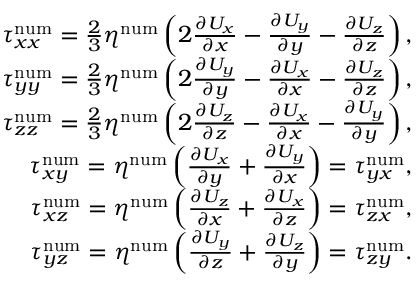
\begin{array} { r } { \tau _ { x x } ^ { \mathrm { n u m } } = \frac { 2 } { 3 } \eta ^ { \mathrm { n u m } } \left( 2 \frac { \partial U _ { x } } { \partial x } - \frac { \partial U _ { y } } { \partial y } - \frac { \partial U _ { z } } { \partial z } \right) , } \\ { \tau _ { y y } ^ { \mathrm { n u m } } = \frac { 2 } { 3 } \eta ^ { \mathrm { n u m } } \left( 2 \frac { \partial U _ { y } } { \partial y } - \frac { \partial U _ { x } } { \partial x } - \frac { \partial U _ { z } } { \partial z } \right) , } \\ { \tau _ { z z } ^ { \mathrm { n u m } } = \frac { 2 } { 3 } \eta ^ { \mathrm { n u m } } \left( 2 \frac { \partial U _ { z } } { \partial z } - \frac { \partial U _ { x } } { \partial x } - \frac { \partial U _ { y } } { \partial y } \right) , } \\ { \tau _ { x y } ^ { \mathrm { n u m } } = \eta ^ { \mathrm { n u m } } \left( \frac { \partial U _ { x } } { \partial y } + \frac { \partial U _ { y } } { \partial x } \right) = \tau _ { y x } ^ { \mathrm { n u m } } , } \\ { \tau _ { x z } ^ { \mathrm { n u m } } = \eta ^ { \mathrm { n u m } } \left( \frac { \partial U _ { z } } { \partial x } + \frac { \partial U _ { x } } { \partial z } \right) = \tau _ { z x } ^ { \mathrm { n u m } } , } \\ { \tau _ { y z } ^ { \mathrm { n u m } } = \eta ^ { \mathrm { n u m } } \left( \frac { \partial U _ { y } } { \partial z } + \frac { \partial U _ { z } } { \partial y } \right) = \tau _ { z y } ^ { \mathrm { n u m } } . } \end{array}